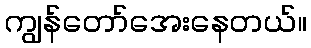
ကျွန်တော်အေးနေတယ်။